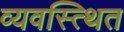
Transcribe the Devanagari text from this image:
व्यवस्त्थित